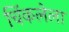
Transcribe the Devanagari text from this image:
चिंकलेला